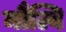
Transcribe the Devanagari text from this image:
मौल्वि